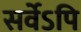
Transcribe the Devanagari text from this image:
सर्वेऽपि